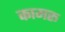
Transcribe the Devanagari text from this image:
कामरू